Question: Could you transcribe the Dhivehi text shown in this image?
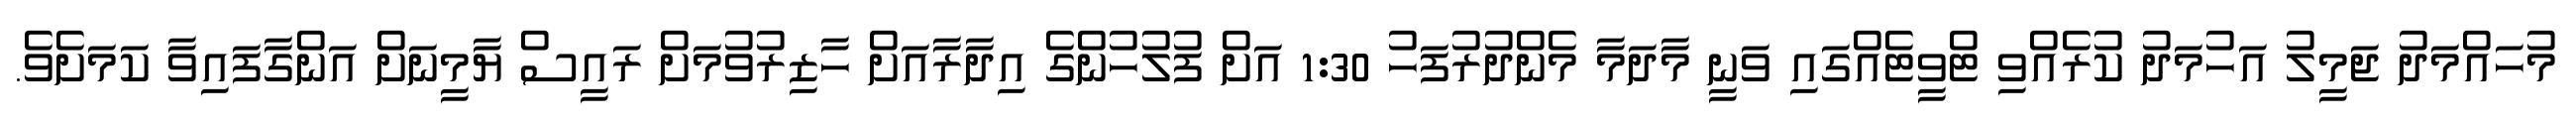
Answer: މުހައްމަދު ޖަމީލު އަހުމަދު ކުރެއްވި ޓްވީޓެއްގައި ވަނީ މާދަމާ މެންދުރުފަހު 1:30 އަށް ފުލުހުންގެ އިދާރާއަށް ހާޒިރުވުމަށް ރައީސް ޔާމީނަށް އަންގާފައިވާ ކަމަށެވެ.